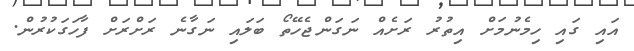
އައި ގައި ހިމެނުމަށް އިތުރު ރަށެއް ނަގަންޖެހޭތޯ ބަލައި ނަގާނެ ރަށްރަށް ފާހަގަކުރުން.